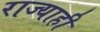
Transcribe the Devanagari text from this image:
राज्याही